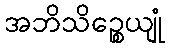
အဘိသိဉ္စေယျုံ